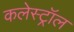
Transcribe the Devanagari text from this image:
कलेस्ट्रॉल